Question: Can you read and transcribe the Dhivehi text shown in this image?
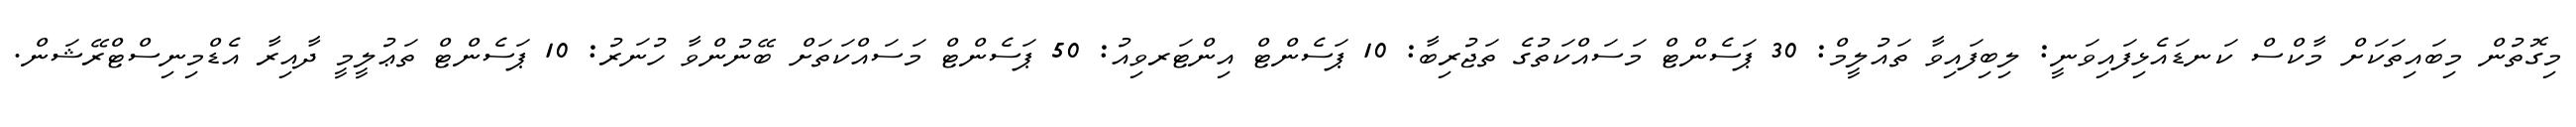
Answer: މިގޮތުން މިބައިތަކަށް މާކްސް ކަނޑައެޅިފައިވަނީ: ލިބިފައިވާ ތައުލީމް: 30 ޕަސެންޓް މަސައްކަތުގެ ތަޖުރިބާ: 10 ޕަސެންޓް އިންޓަރވިއު: 50 ޕަސެންޓް މަސައްކަތަށް ބޭނުންވާ ހުނަރު: 10 ޕަސެންޓް ތަޢުލީމީ ދާއިރާ އެޑްމިނިސްޓްރޭޝަން.